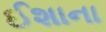
ઈશાના